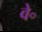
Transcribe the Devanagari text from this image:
वे॰